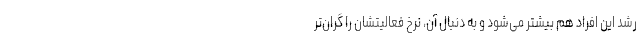
رشد این افراد هم بیشتر می‌شود و به دنبال آن، نرخ فعالیتشان را گران‌تر